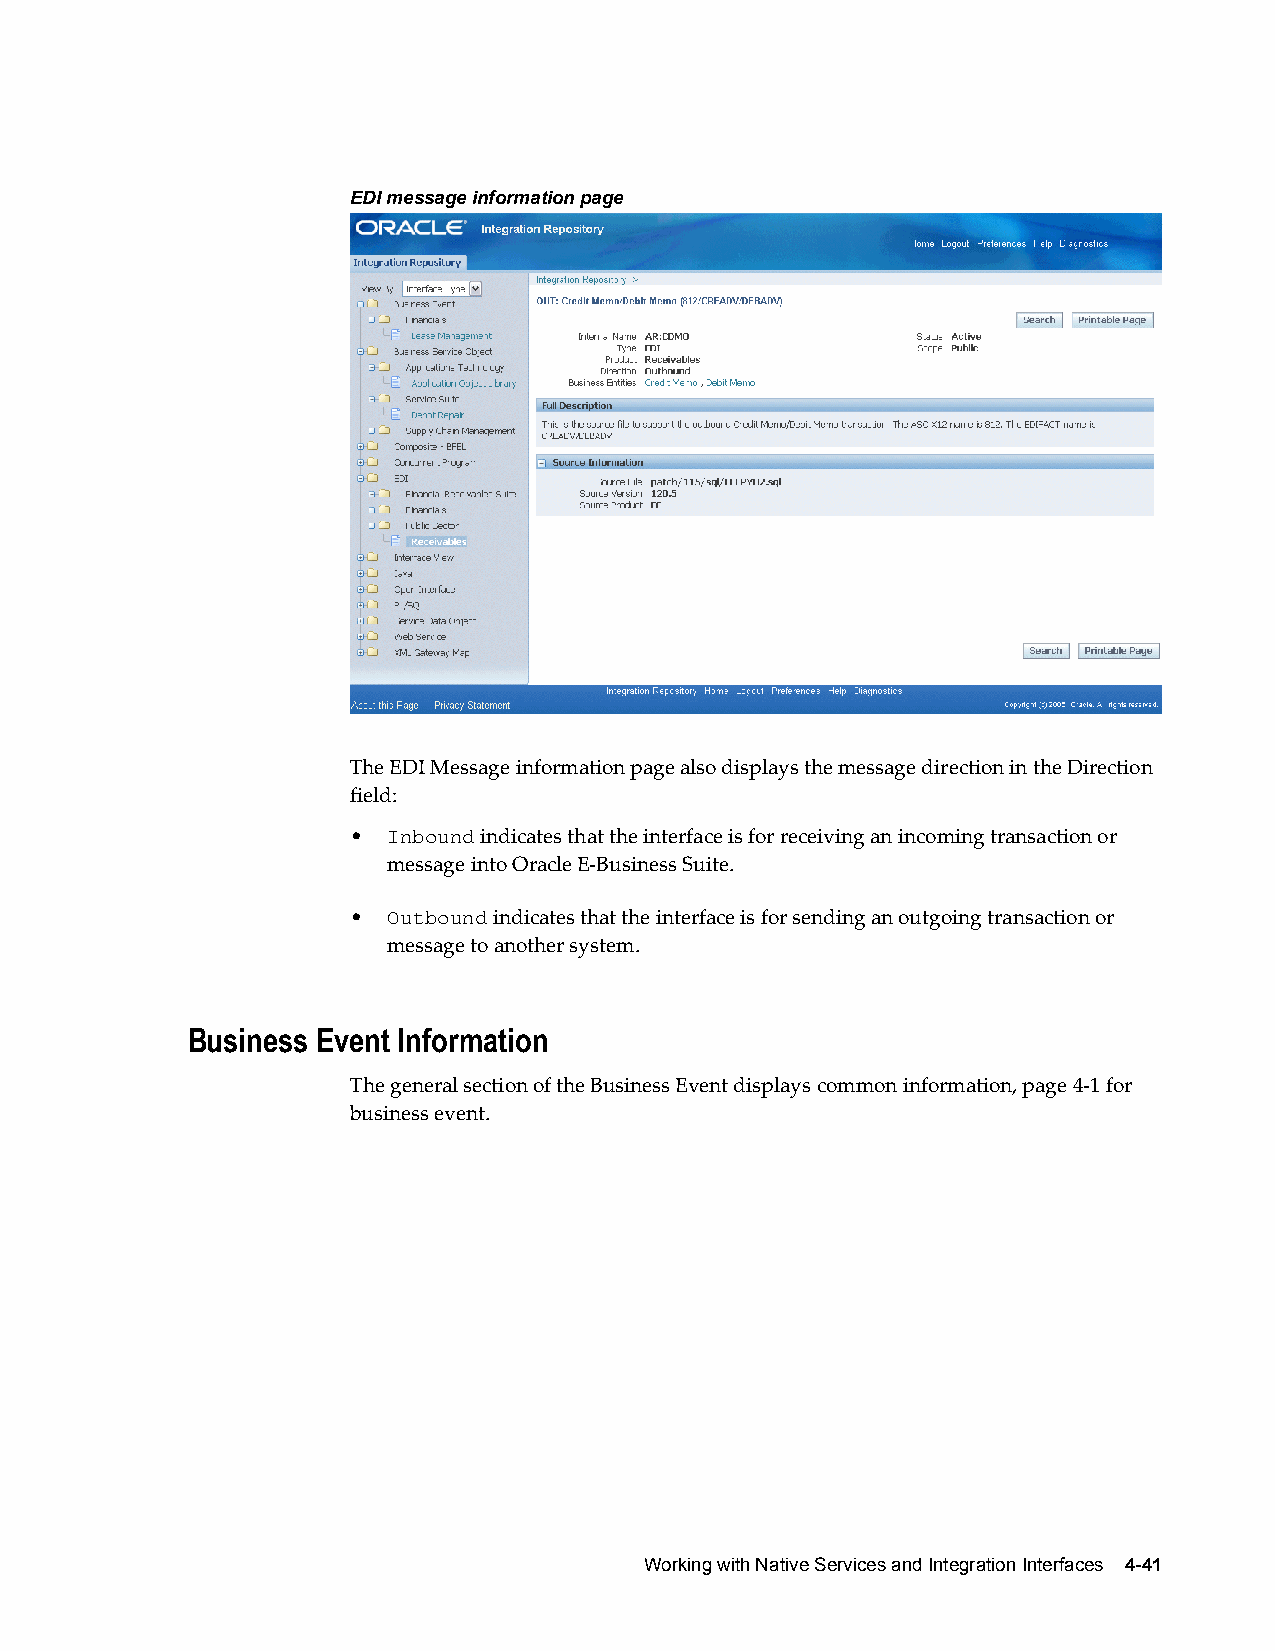
EDI message information page
 The EDI Message information page also displays the message direction in the Direction
 field:
 •  Inbound indicates that the interface is for receiving an incoming transaction or
 message into Oracle E-Business Suite.
 •  Outbound indicates that the interface is for sending an outgoing transaction or
 message to another system.
 Business Event Information
 The general section of the Business Event displays common information, page 4-1 for
 business event.
 Working with Native Services and Integration Interfaces 4-41